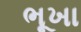
ભૂખા